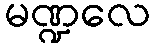
မဏ္ဍလေ